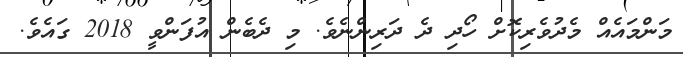
މަންމައެއް މެދުވެރިކޮށް ހޯދި ދެ ދަރިންނެވެ. މި ދެބެން އުފަންވީ 2018 ގައެވެ.